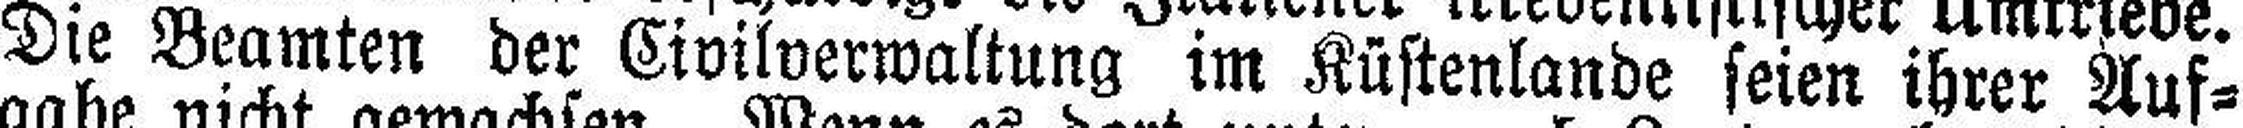
Die Beamten der Civilverwaltung im Küstenlands seien ihrer Auf¬